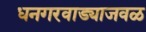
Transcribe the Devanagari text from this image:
धनगरवाड्याजवळ